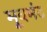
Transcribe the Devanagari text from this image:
मूवमंट